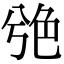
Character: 䒊